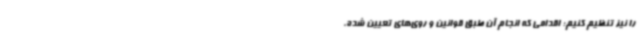
را نیز تنظیم کنیم؛ اقدامی که انجام آن طبق قوانین و روی‌های تعیین شده،